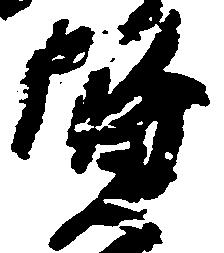
賢